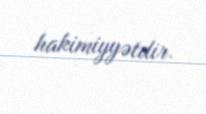
hakimiyyətdir.